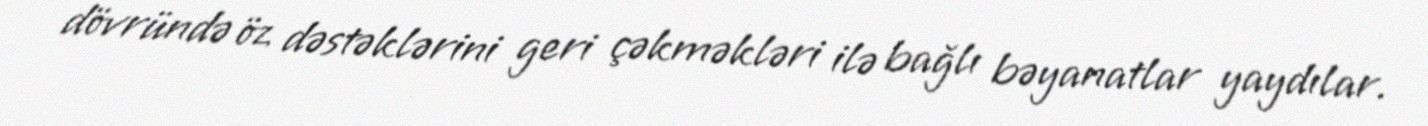
dövründə öz dəstəklərini geri çəkməkləri ilə bağlı bəyanatlar yaydılar.